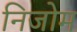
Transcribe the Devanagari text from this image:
निजोम